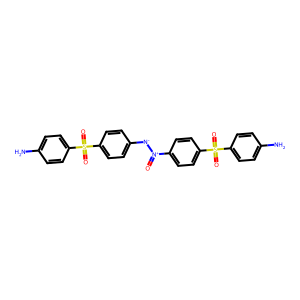
SMILES: Nc1ccc(S(=O)(=O)c2ccc([N-][N+](=O)c3ccc(S(=O)(=O)c4ccc(N)cc4)cc3)cc2)cc1
Inhibits HIV replication: No